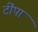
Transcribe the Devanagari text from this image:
टींपा